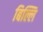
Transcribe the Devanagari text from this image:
बिल्लि